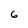
Character: 6